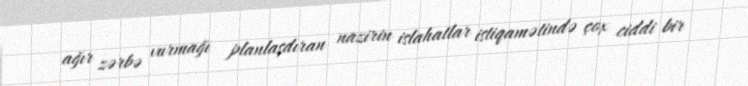
ağır zərbə vurmağı planlaşdıran nazirin islahatlar istiqamətində çox ciddi bir